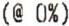
(@ 0%)